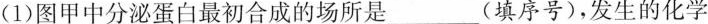
(1)图甲中分泌蛋白最初合成的场所是___(填序号)，发生的化学